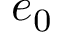
e _ { 0 }